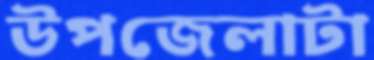
উপজেলাটা